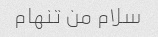
سلام من تنهام